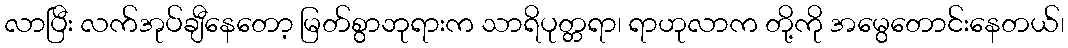
လာပြီး လက်အုပ်ချီနေတော့ မြတ်စွာဘုရားက သာရိပုတ္တရာ၊ ရာဟုလာက တို့ကို အမွေတောင်းနေတယ်၊